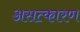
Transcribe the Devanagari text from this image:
असत्कारण